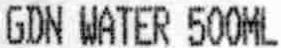
GDN WATER 500ML